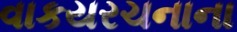
વાકયરચનાના